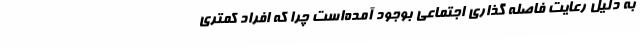
به دلیل رعایت فاصله گذاری اجتماعی بوجود آمده‌است چرا که افراد کمتری